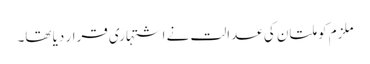
ملزم کو ملتان کی عدالت نے اشتہاری قرار دیا تھا۔